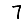
Digit: 7